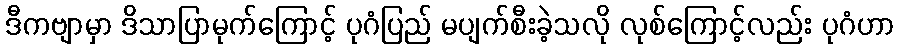
ဒီကဗျာမှာ ဒိသာပြာမုက်ကြောင့် ပုဂံပြည် မပျက်စီးခဲ့သလို လုစ်ကြောင့်လည်း ပုဂံဟာ